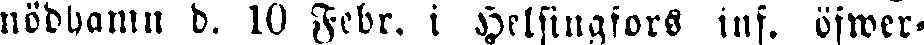
nödhamn d. 10 Febr. i Helsingfors inf. öfwer»